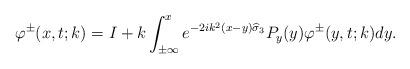
LaTeX: \begin{align*}\varphi^{\pm}(x,t;k)=I+k\int_{ \pm \infty }^{ x }e^{-2ik^2(x-y)\widehat{\sigma}_3}P_y(y)\varphi^{\pm}(y,t;k) dy. \end{align*}